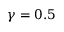
\gamma = 0 . 5